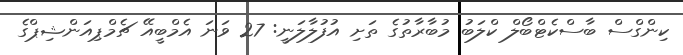
ކިންގްސް ބާސްކެޓްބޯލް ކްލަބު މުބާރާތުގެ ތަށި އުފުލާލަނީ: 27 ވަނަ އެމްބީއޭ ޗެމްޕިއަންޝިޕްގެ